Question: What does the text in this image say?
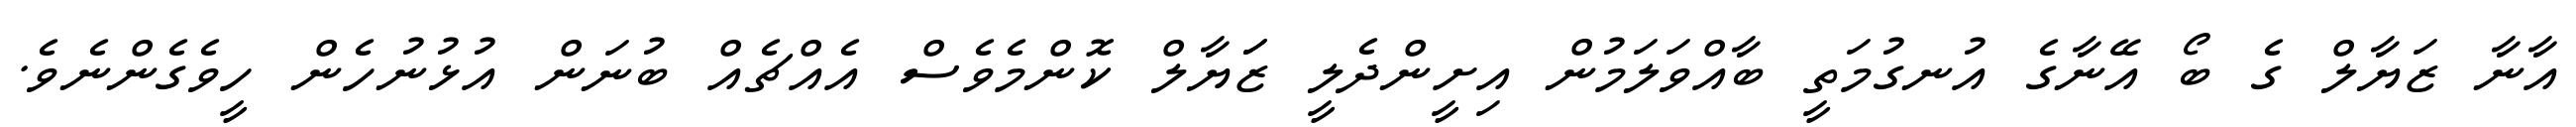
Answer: އާނާ ޒަޔާލް ގެ ބޯ އޭނާގެ އުނގުމަތީ ބާއްވަލަމުން އިށީންދެލީ ޒަަޔާލް ކޮންމެވެސް އެއްޗެއް ބުނަން އުޅުނުހެން ހީވެގެންނެވެ.